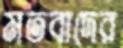
মতবাদের